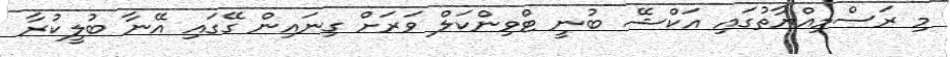
މި ރަސްމިއްޔާތުގައި އަކްޝޭ ބުނީ ޓްވިންކަލް ވަރަށް ގިނައިން ގޭގައި އޭނާ ބުލީކުރާ